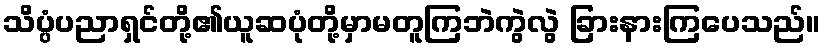
သိပ္ပံပညာရှင်တို့၏ယူဆပုံတို့မှာမတူကြဘဲကွဲလွဲ ခြားနားကြပေသည်။